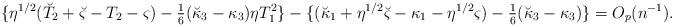
\begin{align*}\{\eta^{1/2}(\breve T_2+ \breve\varsigma-T_2- \varsigma)-{\textstyle{1\over 6}}(\breve \kappa_3-\kappa_3)\eta T_1^2\}-\{(\breve \kappa_1+\eta^{1/2} \breve\varsigma-\kappa_1-\eta^{1/2} \varsigma)-{\textstyle{1\over 6}}(\breve \kappa_3-\kappa_3)\}=O_p(n^{-1}).\end{align*}